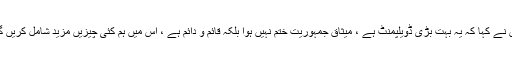
انہوں نے کہا کہ یہ بہت بڑی ڈویلپمنٹ ہے ، میثاق جمہوریت ختم نہیں ہوا بلکہ قائم و دائم ہے ، اس میں ہم کئی چیزیں مزید شامل کریں گے ۔